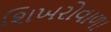
શિખરોવાળા